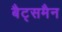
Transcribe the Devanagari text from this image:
बैट्समैन